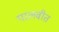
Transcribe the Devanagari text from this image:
पालवीत